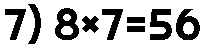
7) 8×7=56